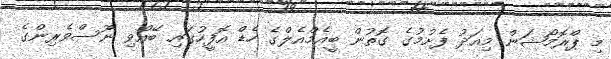
މި ޕްރޮމޯޝަން މިއަދު ފެށުމުގެ ގޮތުން ބީއެމްއެލްގެ ހެޑް އޮފީހުގައި ބޭއްވި ނޫސްވެރިންގެ